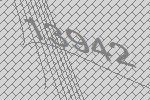
13942